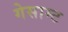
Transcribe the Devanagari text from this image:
गेसाम्ट